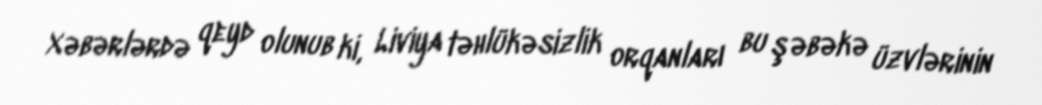
Xəbərlərdə qeyd olunub ki, Liviya təhlükəsizlik orqanları bu şəbəkə üzvlərinin